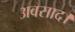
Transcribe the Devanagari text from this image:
अवसाद।